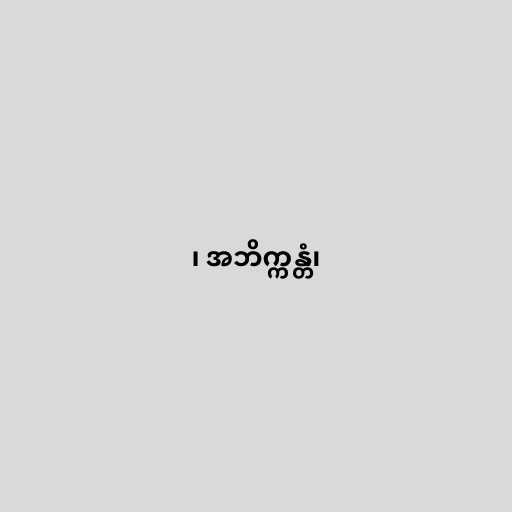
၊ အဘိက္ကန္တံ၊